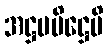
အဋ္ဌမပိဋ္ဌေပိ